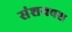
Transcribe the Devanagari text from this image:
संशयवश